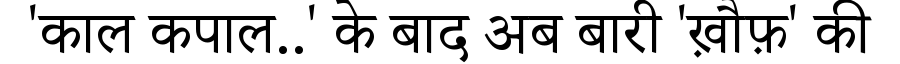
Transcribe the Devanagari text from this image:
'काल कपाल..' के बाद अब बारी 'ख़ौफ़' की